Annual report on the Civil Veterinary Department, Burma (including the Insein Veterinary School) - 1923-1931
Year: 1923
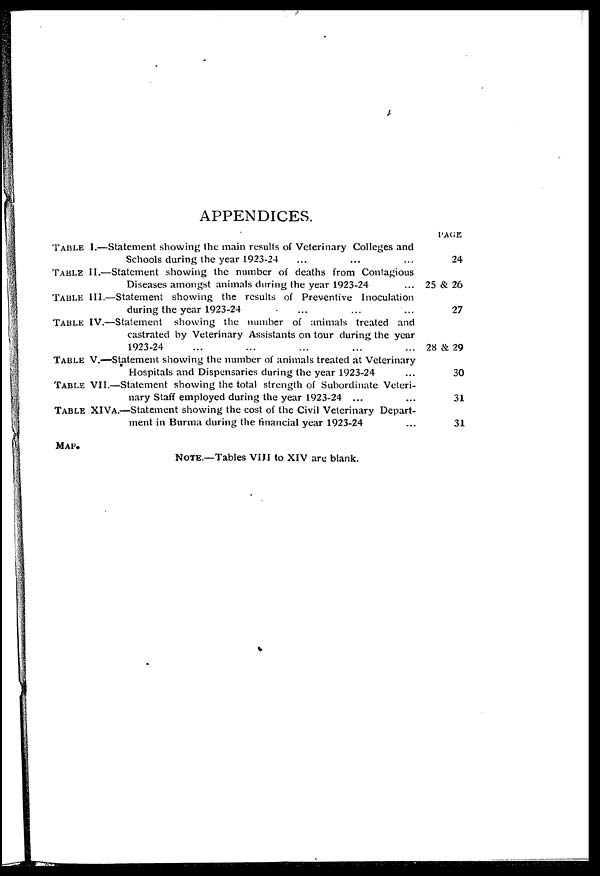
APPENDICES.
TABLE 1.—Statement showing the main results of Veterinary Colleges and
Schools during the year 1923-24 ... ... ...
TABLE II.—Statement showing the number of deaths from Contagious
Diseases amongst animals during the year 1923-24 ...
TABLE III.—Statement showing the results of Preventive Inoculation
during the year 1923-24 ... ... ...
TABLE IV.—Statement showing the number of animals treated and
castrated by Veterinary Assistants on tour during the year
1923-24 ... ... ... ... ...
TABLE V.—Statement showing the number of animals treated at Veterinary
Hospitals and Dispensaries during the year 1923-24 ...
TABLE VII.—Statement showing the total strength of Subordinate Veteri-
nary Staff employed during the year 1923-24 ... ...
TABLE XIVa.—Statement showing the cost of the Civil Veterinary Depart-
ment in Burma during the financial year 1923-24 ...
MAP.
NOTE.—Tables VIII to XIV are blank.
PAGE
24
25 & 26
27
28 & 29
30
31
31